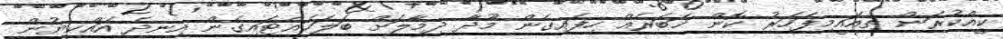
ކީއްކުރަން ތިއައީމިފަހަރު ކޮން ޚަބަރެއް ހިފައިގެން މޫދާ ދިމާލަށް ބަލަހައްޓައިގެން އިނދެ އައްކިޔުން